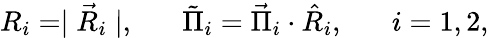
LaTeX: R_{i}=\mid\vec{R}_{i}\mid,\; \; \; \; \; \; \tilde{\Pi}_{i}=\vec{\Pi}_{i}\cdot\hat{R}_{i},\; \; \; \; \; \; i=1,2,